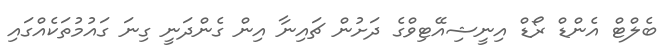
ބެލްޓް އެންޑް ރޯޑް އިނީޝިއޭޓިވްގެ ދަށުން ޗައިނާ އިން ގެންދަނީ ގިނަ ގައުމުތަކެއްގައި